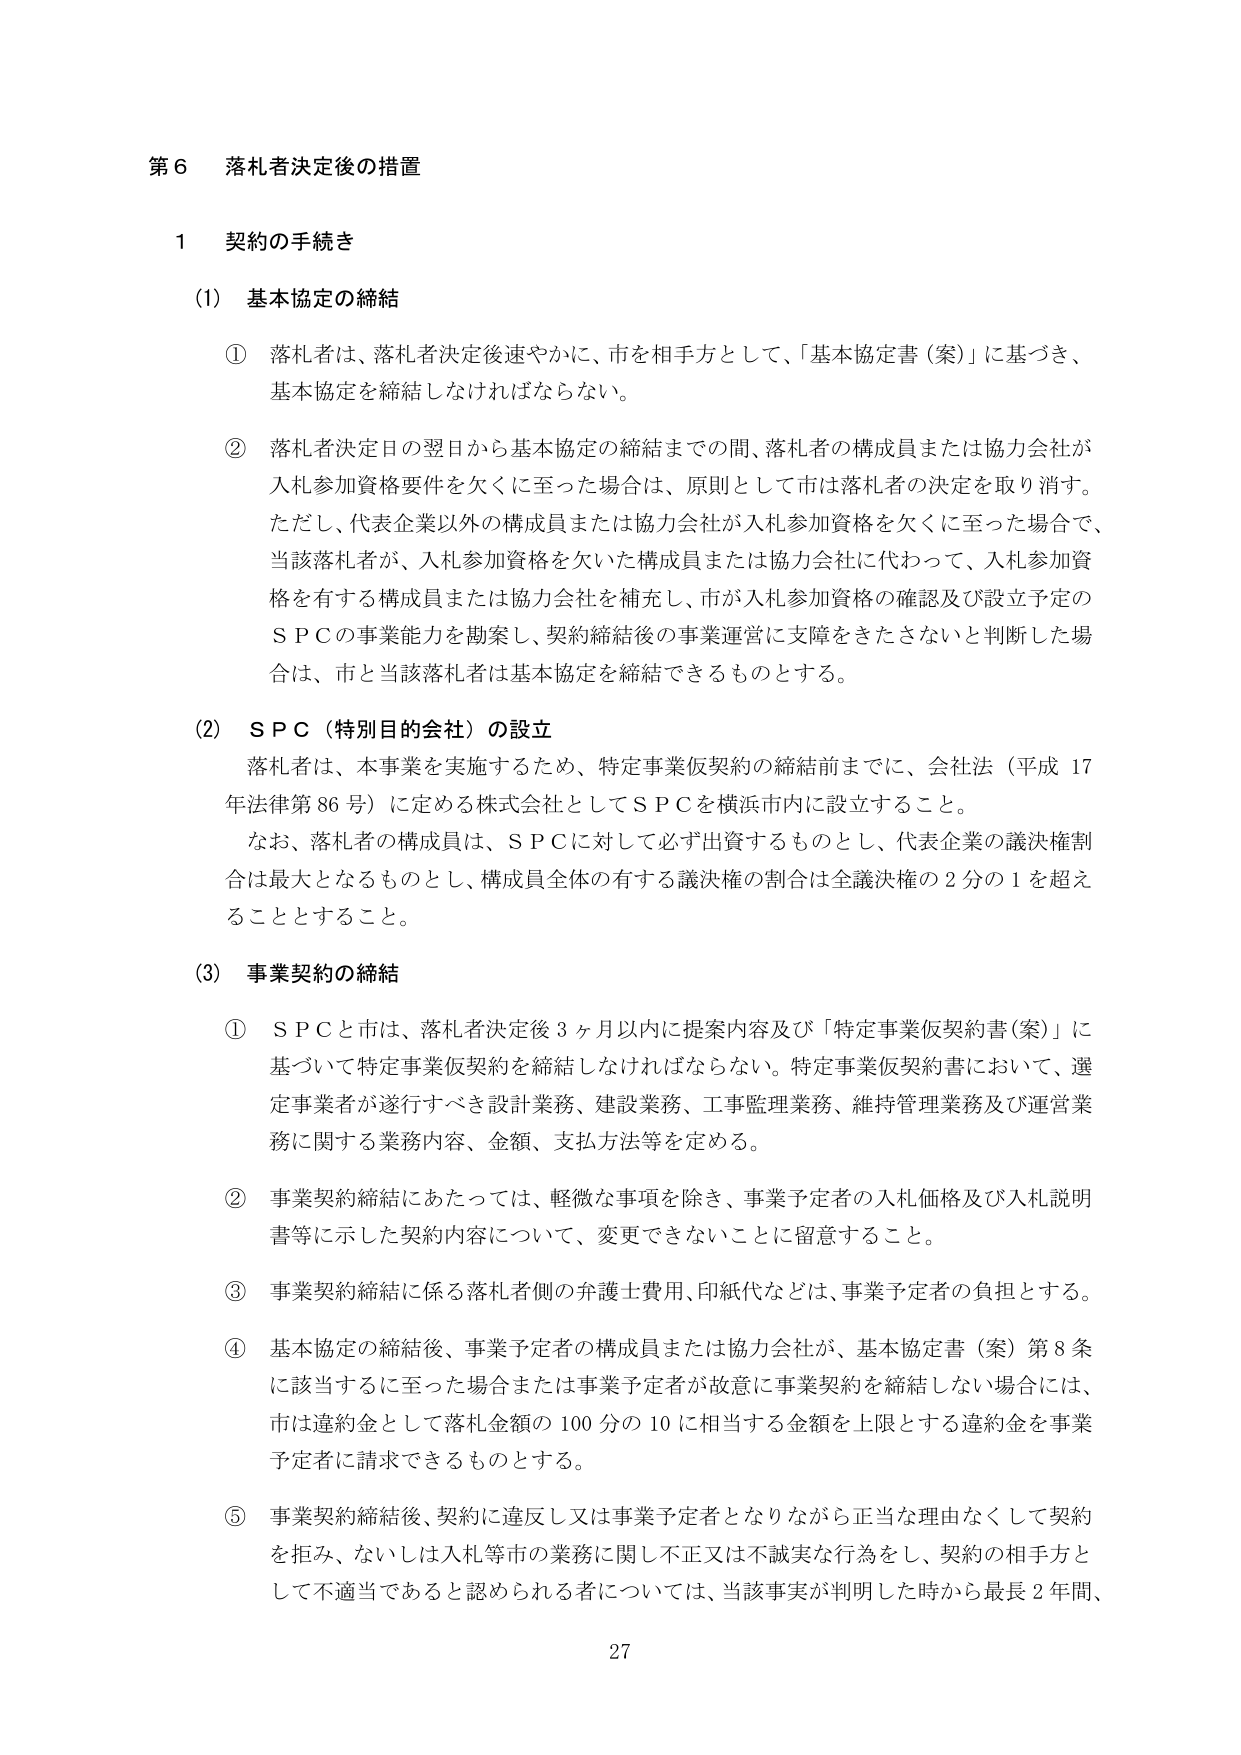
第６ 落札者決定後の措置

１ 契約の手続き

(1) 基本協定の締結

① 落札者は、落札者決定後速やかに、市を相手方として、「基本協定書（案）」に基づき、基本協定を締結しなければならない。

② 落札者決定日の翌日から基本協定の締結までの間、落札者の構成員または協力会社が入札参加資格要件を欠くに至った場合は、原則として市は落札者の決定を取り消す。ただし、代表企業以外の構成員または協力会社が入札参加資格を欠くに至った場合で、当該落札者が、入札参加資格を欠いた構成員または協力会社に代わって、入札参加資格を有する構成員または協力会社を補充し、市が入札参加資格の確認及び設立予定のＳＰＣの事業能力を勘案し、契約締結後の事業運営に支障をきたさないと判断した場合は、市と当該落札者は基本協定を締結できるものとする。

(2) ＳＰＣ（特別目的会社）の設立

落札者は、本事業を実施するため、特定事業仮契約の締結前までに、会社法（平成17年法律第86号）に定める株式会社としてＳＰＣを横浜市内に設立すること。

なお、落札者の構成員は、ＳＰＣに対して必ず出資するものとし、代表企業の議決権割合は最大となるものとし、構成員全体の有する議決権の割合は全議決権の２分の１を超えることとする。

(3) 事業契約の締結

① ＳＰＣと市は、落札者決定後３ヶ月以内に提案内容及び「特定事業仮契約書（案）」に基づいて特定事業仮契約を締結しなければならない。特定事業仮契約書において、選定事業者が遂行すべき設計業務、建設業務、工事監理業務、維持管理業務及び運営業務に関する業務内容、金額、支払方法等を定める。

② 事業契約締結にあたっては、軽微な事項を除き、事業予定者の入札価格及び入札説明書等に示した契約内容について、変更できないことに留意すること。

③ 事業契約締結に係る落札者側の弁護士費用、印紙代などは、事業予定者の負担とする。

④ 基本協定の締結後、事業予定者の構成員または協力会社が、基本協定書（案）第８条に該当するに至った場合または事業予定者が故意に事業契約を締結しない場合には、市は違約金として落札金額の100分の10に相当する金額を上限とする違約金を事業予定者に請求できるものとする。

⑤ 事業契約締結後、契約に違反し又は事業予定者となりながら正当な理由なくして契約を拒み、ないしは入札等市の業務に関し不正又は不誠実な行為をし、契約の相手方として不適当であると認められる者については、当該事実が判明した時から最長２年間、

27